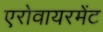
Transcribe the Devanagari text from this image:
एरोवायरमेंट